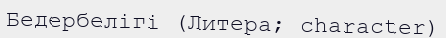
Бедербелігі (Литера; character)